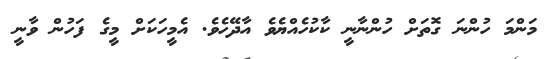
މަންމަ ހުންނަ ގޮތަށް ހުންނާނީ ކާކުހެއްޔެވެ އާދޭހެވެ. އެމީހަކަށް މީގެ ފަހުން ވާނީ